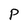
Character: P